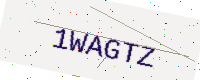
Text: 1WAGTZ